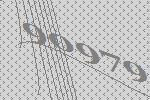
90979